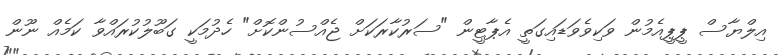
އިލްޔާސް ޕީޕީއެމުން ވަކިވެވަޑައިގަތީ އެޕާޓީން "ސަރުކާރަކަށް ޖެއްސުންކޮށް" ހެދުމަކީ ގަބޫލުކުރައްވާ ކަމެއް ނޫން